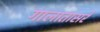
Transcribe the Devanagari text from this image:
गालातासरे